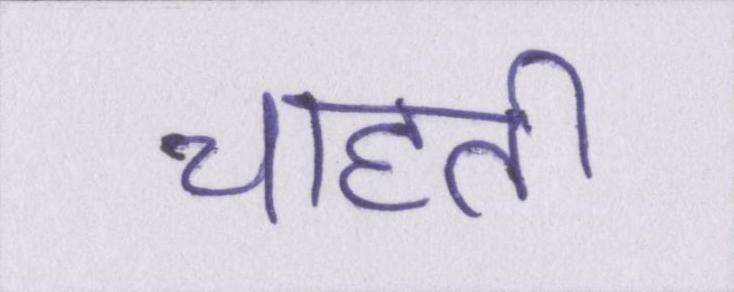
चाहती